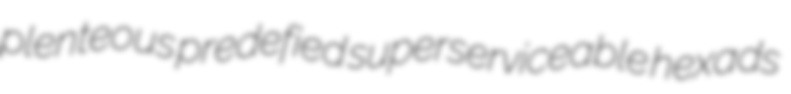
plenteous predefied superserviceable hexads